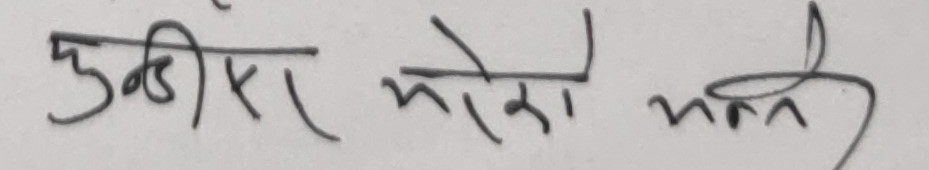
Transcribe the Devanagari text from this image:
दुखीर मेरो भन्ने